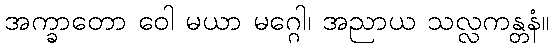
အက္ခာတော ဝေါ မယာ မဂ္ဂေါ၊ အညာယ သလ္လကန္တနံ။